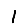
Digit: 1